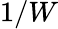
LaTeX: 1/W